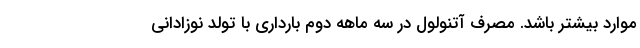
موارد بیشتر باشد. مصرف آتنولول در سه ماهه دوم بارداری با تولد نوزادانی